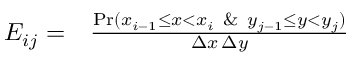
\begin{array} { r l } { E _ { i j } = } & { { } \frac { \mathrm { P r } ( x _ { i - 1 } \leq x < x _ { i } \ \& \ y _ { j - 1 } \leq y < y _ { j } ) } { \Delta x \, \Delta y } } \end{array}